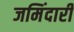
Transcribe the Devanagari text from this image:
जमिंदारी